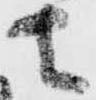
者